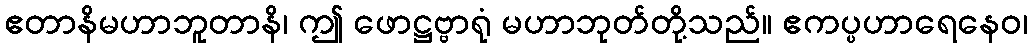
ဧတာနိမဟာဘူတာနိ၊ ဤ ဖောဋ္ဌဗ္ဗာရုံ မဟာဘုတ်တို့သည်။ ဧကပ္ပဟာရေနေဝ၊